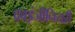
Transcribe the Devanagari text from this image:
द्रवइंजीनियरी